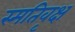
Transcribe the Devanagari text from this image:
स्मतिवृक्ष